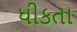
ધીકતા